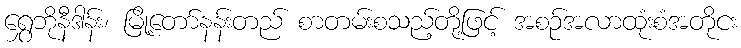
ရွှေဘိုနီဒါန်း၊ မြို့တော်နန်းတည် စာတမ်းစသည့်တို့ဖြင့် အစဉ်အလာထုံးစံအတိုငး